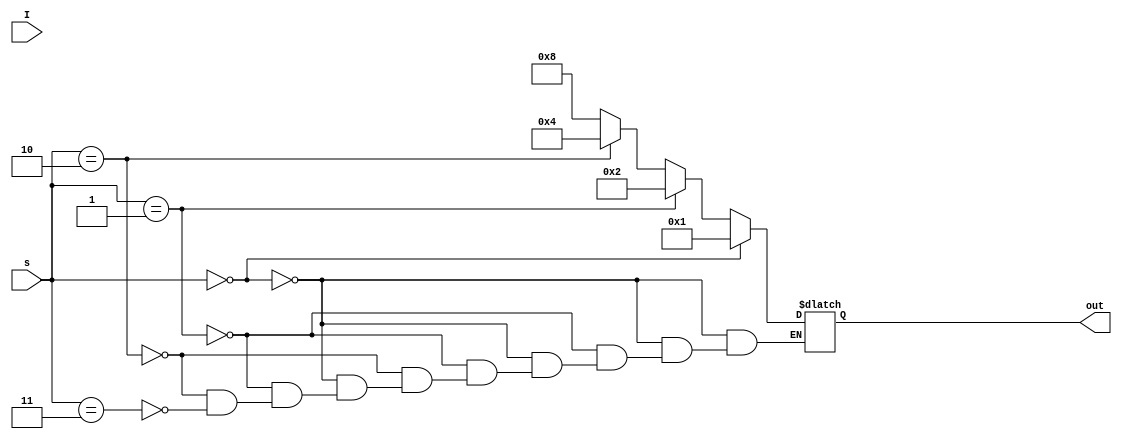
module demux1_beh(I,s,out);
input I;
input [1:0] s;
output [3:0] out;
reg [3:0] out;

always@(I or s or out)
begin
if(s==0)
  out=4'b0001;
else if(s==1)
  out=4'b0010;
else if(s==2)
  out=4'b0100;
else if(s==3)
  out=4'b1000;
end


endmodule

module demux1_dat(I,s,out);
input I;
input [1:0] s;
output [3:0] out;

assign out = (s==0)?4'b0001:
             (s==1)?4'b0010:
             (s==2)?4'b0100:
             (s==3)?4'b1000:4'b0000;

endmodule